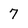
Character: 7